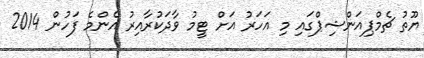
ޔޫތު ޗެމްޕިއަންޝިޕްގައި މި އަހަރު އަށް ޓީމު ވާދަކުރާއިރު އެންމެ ފަހުން 2014